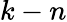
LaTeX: k-n